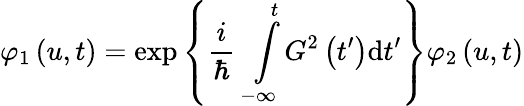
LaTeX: \varphi_{1}\left(u,t\right)=\exp\left\{ \frac{i}{\hbar}\intop_{-\infty}^{t}G^{2}\left(t^{\prime}\right)\mathrm{d}t^{\prime}\right\} \varphi_{2}\left(u,t\right)